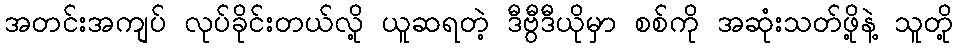
အတင်းအကျပ် လုပ်ခိုင်းတယ်လို့ ယူဆရတဲ့ ဒီဗွီဒီယိုမှာ စစ်ကို အဆုံးသတ်ဖို့နဲ့ သူတို့